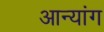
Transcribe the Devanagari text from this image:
आन्यांग